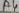
Text: A4